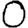
Digit: 0